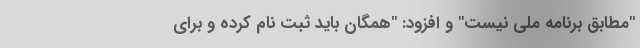
"مطابق برنامه ملی نیست" و افزود: "همگان باید ثبت نام کرده و برای